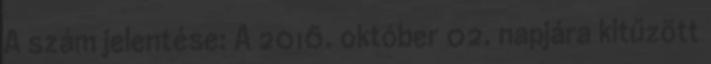
A szám jelentése: A 2016. október 02. napjára kitűzött